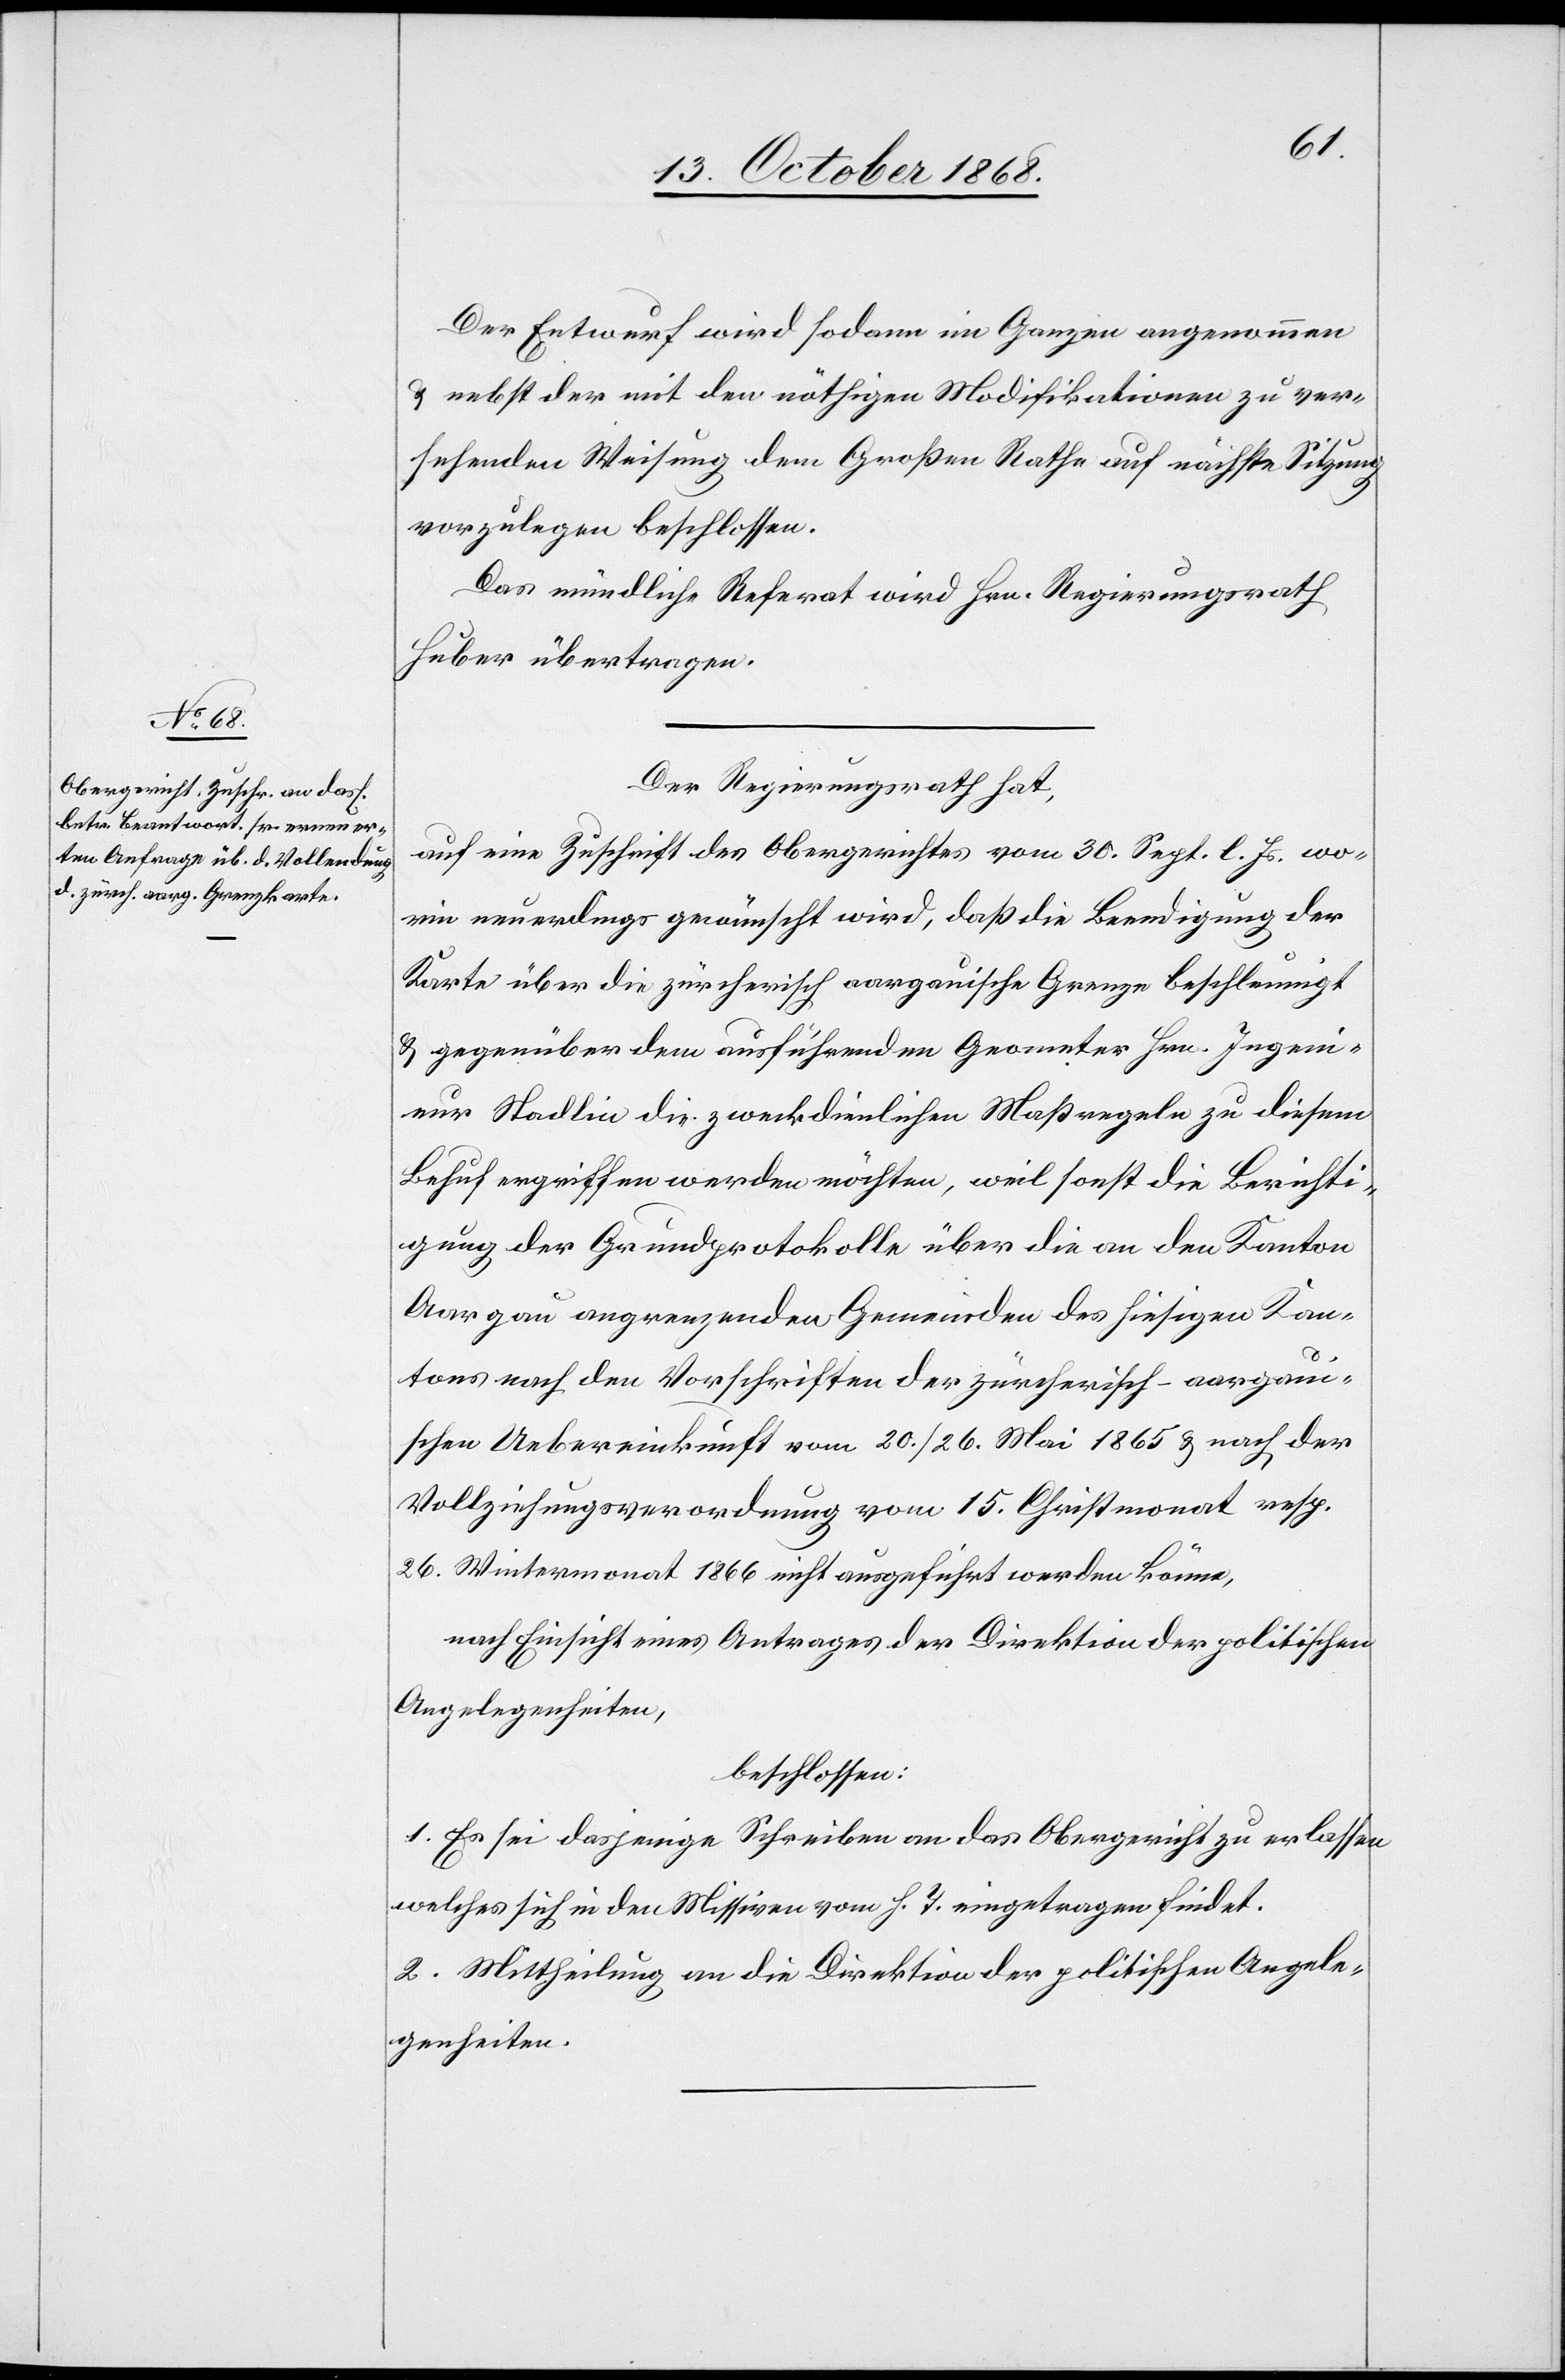
Der Entwurf wird sodann im Ganzen angenommen
& nebst der mit den nöthigen Modifikationen zu ver¬
sehenden Weisung dem Großen Rathe auf nächste Sitzung
vorzulegen beschlossen.
Das mündliche Referat wird Hrn. Regierungsrath
Huber übertragen.
Der Regierungsrath hat,
auf eine Zuschrift des Obergerichtes vom 30. Sept. l. Js. wo¬
rin neuerdings gewünscht wird, daß die Beendigung der
Karte über die zürcherisch aargauische Grenze beschleunigt
& gegenüber dem ausführenden Geometer Hrn. Ingeni¬
eur Stadlin die zweckdienlichen Maßregeln zu diesem
Behuf ergriffen werden möchten, weil sonst die Berichti¬
gung der Grundprotokolle über die an den Kanton
Aargau angrenzenden Gemeinden des hiesigen Kan¬
tons nach den Vorschriften der zürcherisch-aargaui¬
schen Uebereinkunft vom 20./26. Mai 1865 & nach der
Vollziehungsverordnung vom 15. Christmonat resp.
26. Wintermonat 1866 nicht ausgeführt werden könne,
nach Einsicht eines Antrages der Direktion der politischen
Angelegenheiten,
beschlossen:
1. Es sei dasjenige Schreiben an das Obergericht zu erlassen
welches sich in den Missiven vom h. T. eingetragen findet.
2. Mittheilung an die Direktion der politischen Angele¬
genheiten.